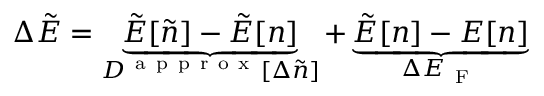
\Delta \tilde { E } = \underbrace { \tilde { E } [ \tilde { n } ] - \tilde { E } [ n ] } _ { D ^ { \mathrm { ~ a ~ p ~ p ~ r ~ o ~ x ~ } } [ \Delta \tilde { n } ] } + \underbrace { \tilde { E } [ n ] - E [ n ] } _ { \Delta E _ { \mathrm { ~ F ~ } } }